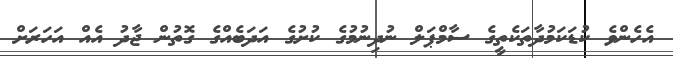
އެހެންވެ ކުޑަކަމުދާތަކެތީގެ ސާމްޕަލް ނުދިނުމުގެ ކުށުގެ އަދަބެއްގެ ގޮތުން ޖާދު އެއް އަހަރަށް